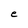
Character: e